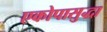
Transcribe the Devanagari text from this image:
एकोपासुद्धा